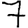
Digit: 7